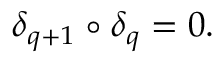
\delta _ { q + 1 } \circ \delta _ { q } = 0 .